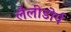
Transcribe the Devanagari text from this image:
लैलीडोर्प